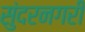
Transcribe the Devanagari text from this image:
सुंदरनगरी